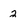
Character: 2